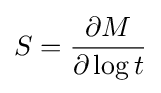
S={\frac {\partial M}{\partial \log t}}